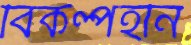
বিকল্পহীন